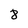
Character: 8